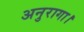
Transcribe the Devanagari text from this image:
अनुरागा।